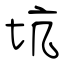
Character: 坑